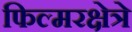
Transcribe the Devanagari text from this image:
फिल्मरक्षेत्रे